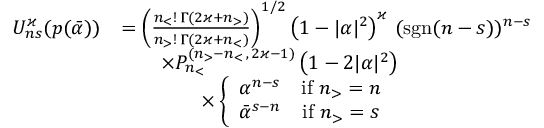
\begin{array} { r l } { U _ { n s } ^ { \varkappa } ( p ( \bar { \alpha } ) ) } & { = \left( \frac { n _ { < } ! \, \Gamma ( 2 \varkappa + n _ { > } ) } { n _ { > } ! \, \Gamma ( 2 \varkappa + n _ { < } ) } \right) ^ { 1 / 2 } \left( 1 - \vert \alpha \vert ^ { 2 } \right) ^ { \varkappa } \, ( \mathrm { s g n } ( n - s ) ) ^ { n - s } } \\ & { \qquad \times P _ { n _ { < } } ^ { ( n _ { > } - n _ { < } \, , \, 2 \varkappa - 1 ) } \left( 1 - 2 \vert \alpha \vert ^ { 2 } \right) \, } \\ & { \qquad \qquad \times \left\lbrace \begin{array} { c c } { \alpha ^ { n - s } } & { \mathrm { i f } \ n _ { > } = n } \\ { \bar { \alpha } ^ { s - n } } & { \mathrm { i f } \ n _ { > } = s } \end{array} \right. } \end{array}